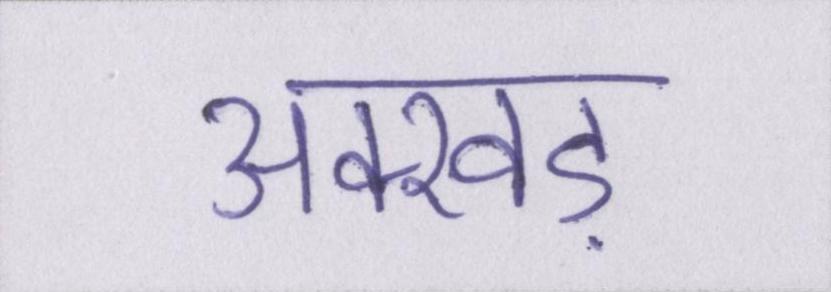
अक्खड़